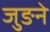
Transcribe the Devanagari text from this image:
जुङने